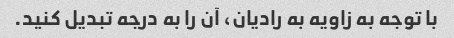
با توجه به زاویه به رادیان، آن را به درجه تبدیل کنید.